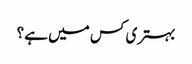
بہتری کس میں ہے؟